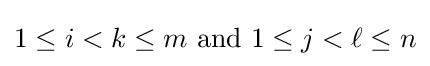
1\leq i<k\leq m{\text{ and }}1\leq j<\ell \leq n